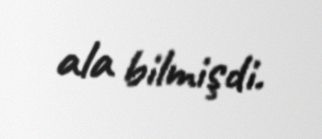
ala bilmişdi.